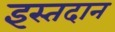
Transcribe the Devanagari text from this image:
इस्तदान